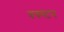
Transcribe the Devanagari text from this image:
बक्स्टन